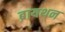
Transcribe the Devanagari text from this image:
ब्रायथन